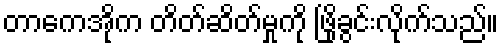
တာကေအိုက တိတ်ဆိတ်မှုကို ဖြိုခွင်းလိုက်သည်။